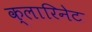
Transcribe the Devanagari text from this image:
क्लारिनेट